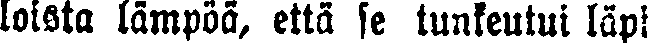
loista lämpöä, että se tunkeutui läpi